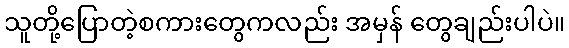
သူတို့ပြောတဲ့စကားတွေကလည်း အမှန် တွေချည်းပါပဲ။